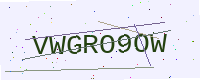
Text: VWGRO9OW